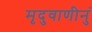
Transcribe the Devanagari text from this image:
मृदुवाणीनुं